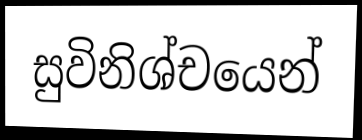
සුවිනිශ්චයෙන්